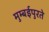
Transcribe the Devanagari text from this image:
मुम्बईपुरते